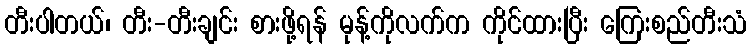
တီးပါတယ်၊ တီး-တီးချင်း စားဖို့ရန် မုန့်ကိုလက်က ကိုင်ထားပြီး ကြေးစည်တီးသံ